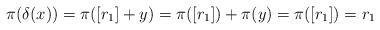
LaTeX: \begin{align*}\pi(\delta(x)) = \pi([r_1] + y) = \pi([r_1]) + \pi(y) = \pi([r_1]) = r_1\end{align*}